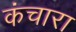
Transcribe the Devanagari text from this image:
कंचारा